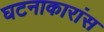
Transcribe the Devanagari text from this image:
घटनाकारांस